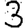
Digit: 3